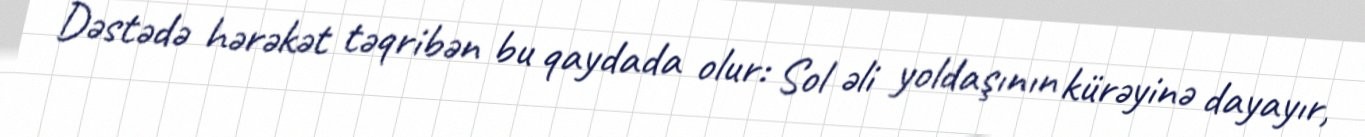
Dəstədə hərəkət təqribən bu qaydada olur: Sol əli yoldaşının kürəyinə dayayır,